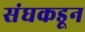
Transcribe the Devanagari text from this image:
संघकडून